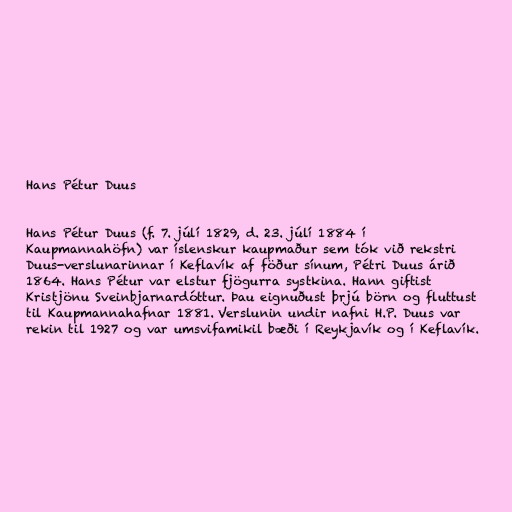
Hans Pétur Duus

Hans Pétur Duus (f. 7. júlí 1829, d. 23. júlí 1884 í
Kaupmannahöfn) var íslenskur kaupmaður sem tók við rekstri
Duus-verslunarinnar í Keflavík af föður sínum, Pétri Duus árið
1864. Hans Pétur var elstur fjögurra systkina. Hann giftist
Kristjönu Sveinbjarnardóttur. Þau eignuðust þrjú börn og fluttust
til Kaupmannahafnar 1881. Verslunin undir nafni H.P. Duus var
rekin til 1927 og var umsvifamikil bæði í Reykjavík og í Keflavík.